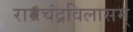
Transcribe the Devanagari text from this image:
रामचंद्रविलासम्